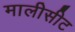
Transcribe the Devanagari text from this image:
मालीसीट